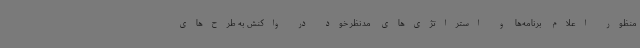
منظور اعلام برنامه‌ها و استراتژی‌های مدنظر خود در واکنش به طرح‌های